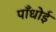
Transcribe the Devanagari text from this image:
पाँधोई